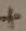
Text: +